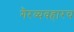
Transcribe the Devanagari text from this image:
गैरव्यवहारच